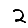
Digit: 2